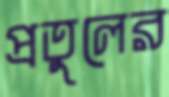
প্রতুলের